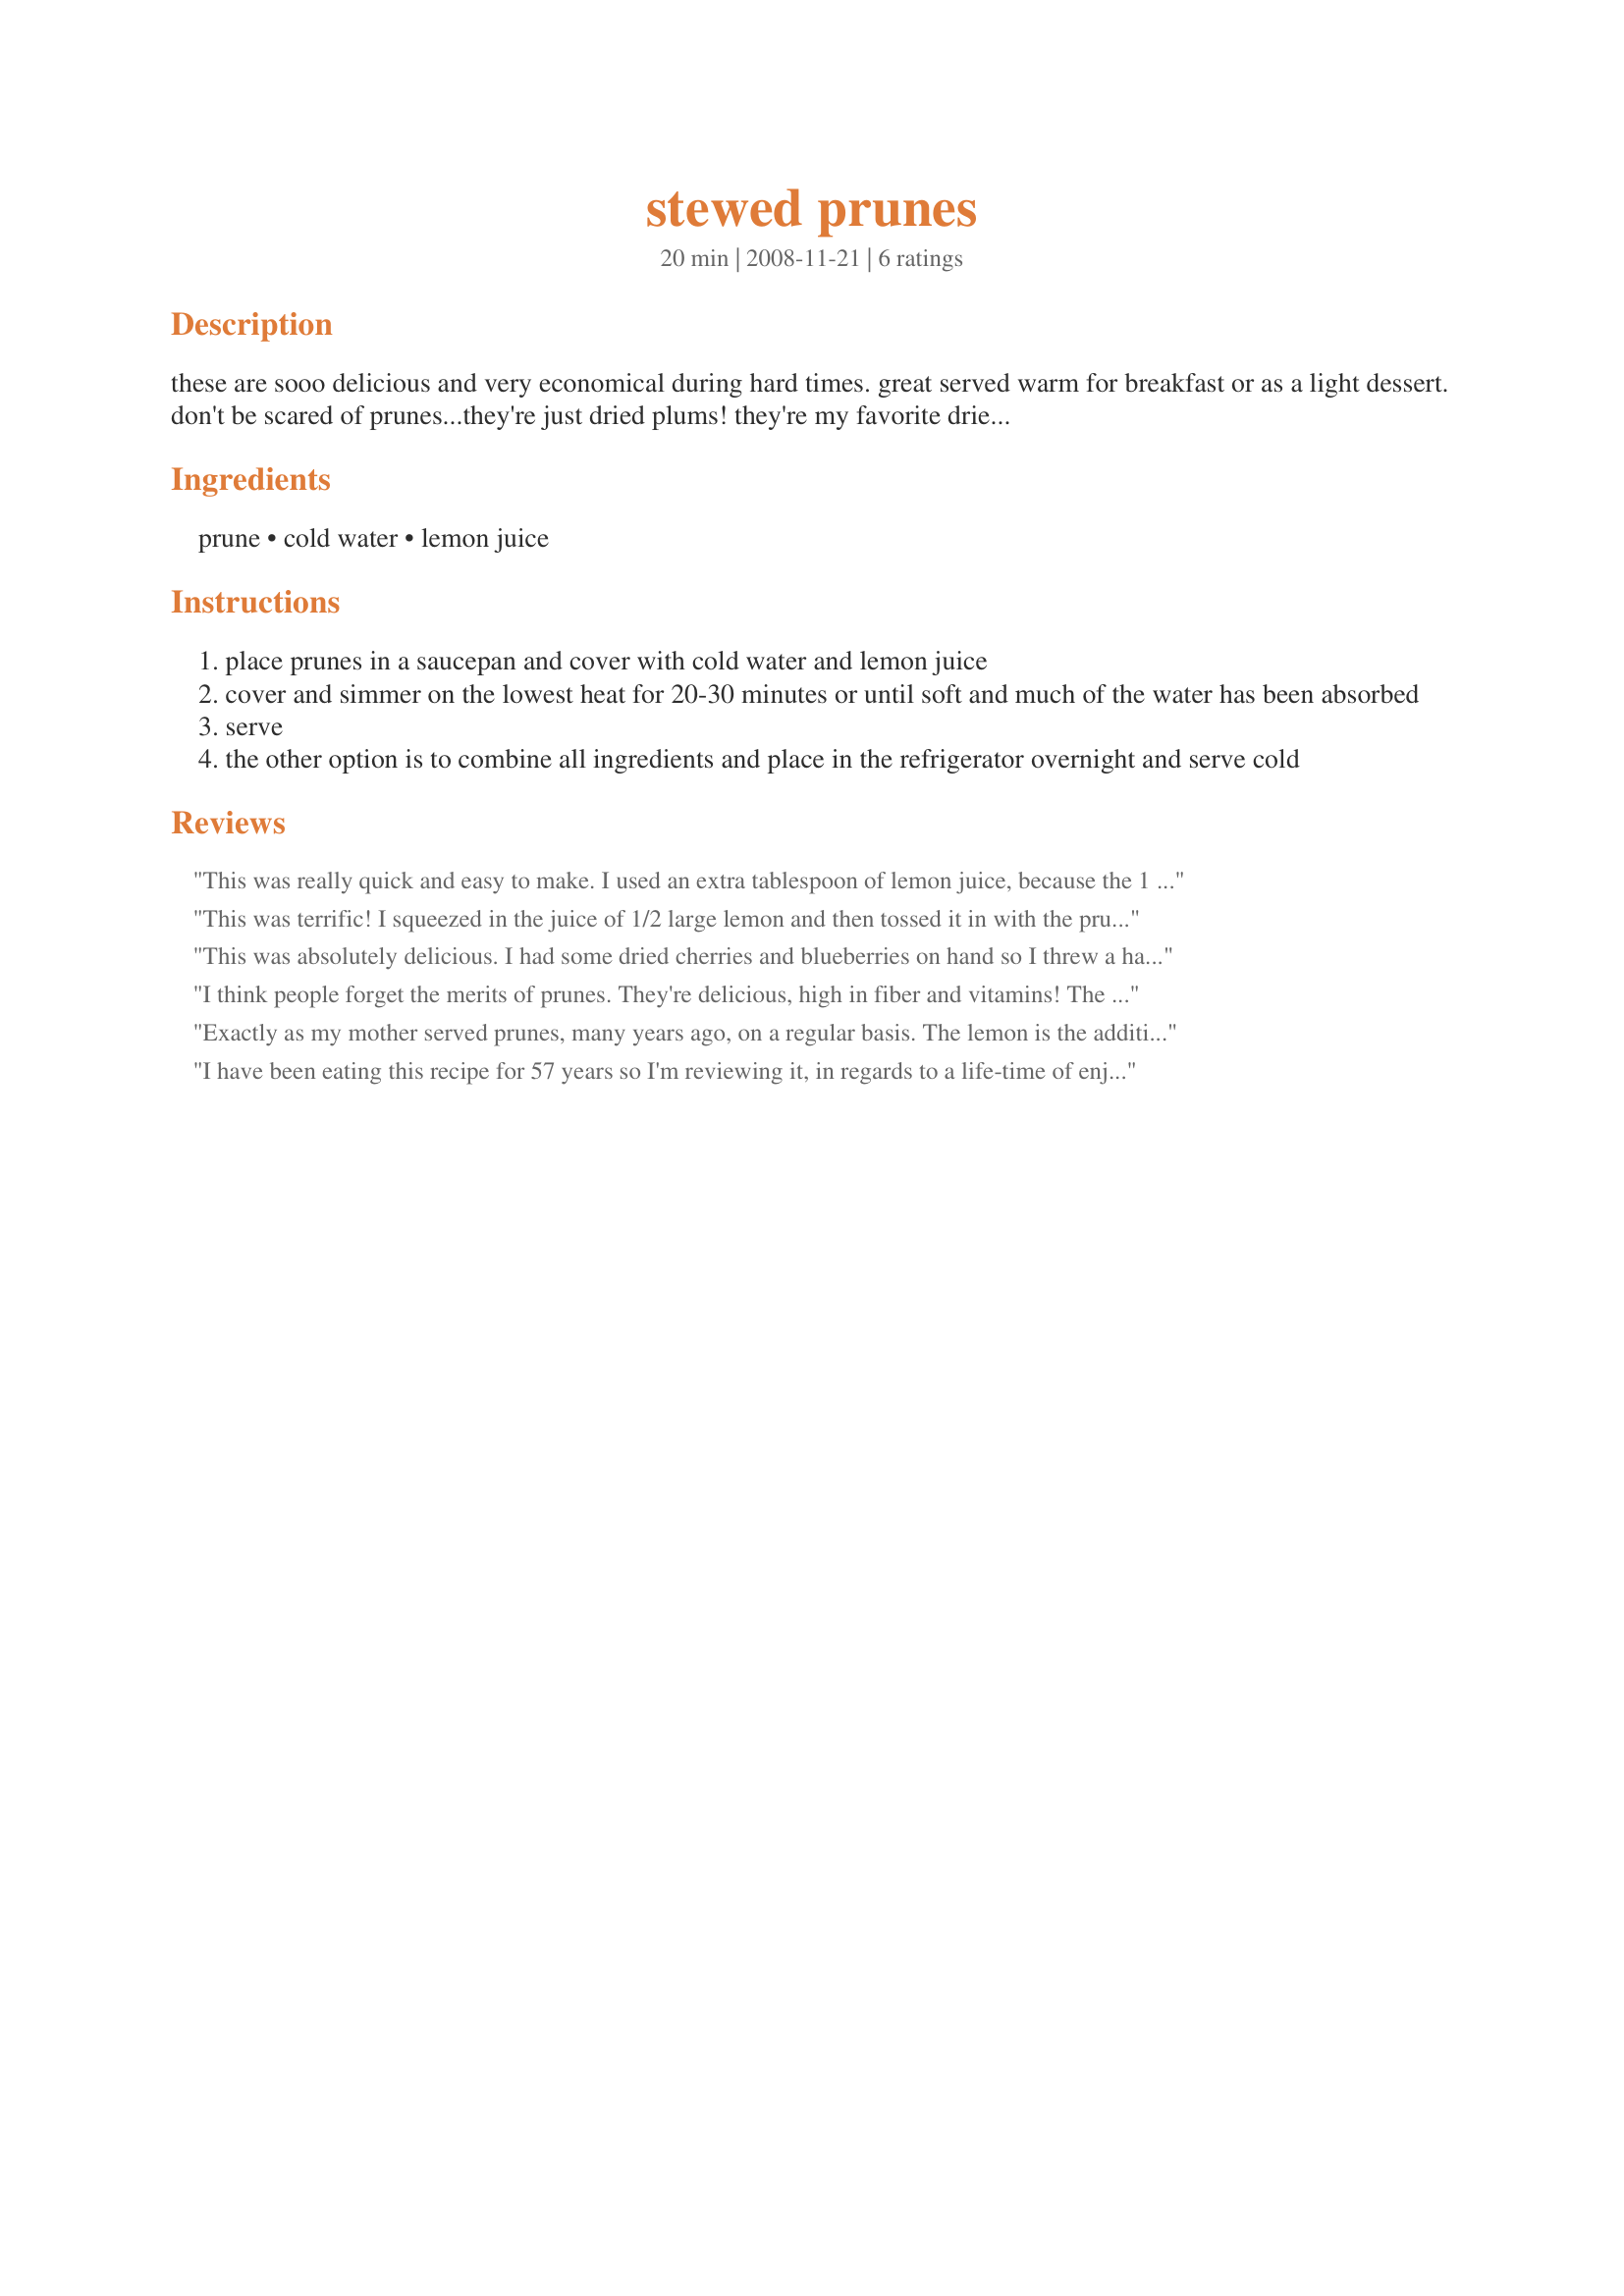
stewed prunes
Preparation time: 20 minutes

these are sooo delicious and very economical during hard times. great served warm for breakfast or as a light dessert. don't be scared of prunes...they're just dried plums! they're my favorite dried fruit and very healthy.

Ingredients:
prune, cold water, lemon juice

Steps:
place prunes in a saucepan and cover with cold water and lemon juice
cover and simmer on the lowest heat for 20-30 minutes or until soft and much of the water has been absorbed
serve
the other option is to combine all ingredients and place in the refrigerator overnight and serve cold

Reviews:
This was really quick and easy to make. I used an extra tablespoon of lemon juice, because the 1 tablespoon was hardly there in the initial taste test.
This was terrific! I squeezed in the juice of 1/2 large lemon and then tossed it in with the prunes. Great sweet/sour combo. I drank the left over water as tea. I really like the addition of the lemon instead of the traditional honey. Next time I will try doing this with mixed dried fruit as one other poster mentioned. Thx. for sharing!
This was absolutely delicious. I had some dried cherries and blueberries on hand so I threw a hand full in also. This will be a regular treat at my house.
I think people forget the merits of prunes. They're delicious, high in fiber and vitamins! The lemon hits the spot. I threw in some grated lemon rind too. I have to be careful I don't overindulge - HA!!
Exactly as my mother served prunes, many years ago, on a regular basis. The lemon is the addition that makes them so special. Fond memories of times gone by. Thanks Suzy!
I have been eating this recipe for 57 years so I'm reviewing it, in regards to a life-time of enjoyment. I come from a Scandinavian background where this dish was just standard fare in the home; we'd enjoy these daily. What my Gran would do is take the chunky peels from an orange and throw that and a cinnamon stick into the prunes and water. When done, the peels and cinnamon stick would be removed. We had this plain (either hot, warm or cool); on top of pound cake or with a dollap of whipped cream on top. In my life, many times "simple" is always BEST!
